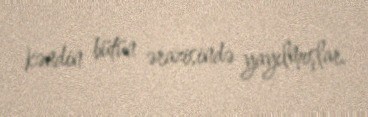
kəndin bütün ərazisində yayılmışlar.